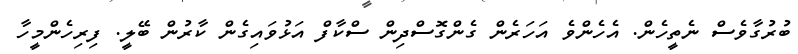
ބުރުގާވެސް ނެތީހެން. އެހެންވެ އަހަރެން ގެންގޮސްދިން ސްކާފް އަޅުވައިގެން ކާރުން ބޭލީ. ފިރިހެންމީހާ